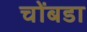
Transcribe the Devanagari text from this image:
चोंबडा